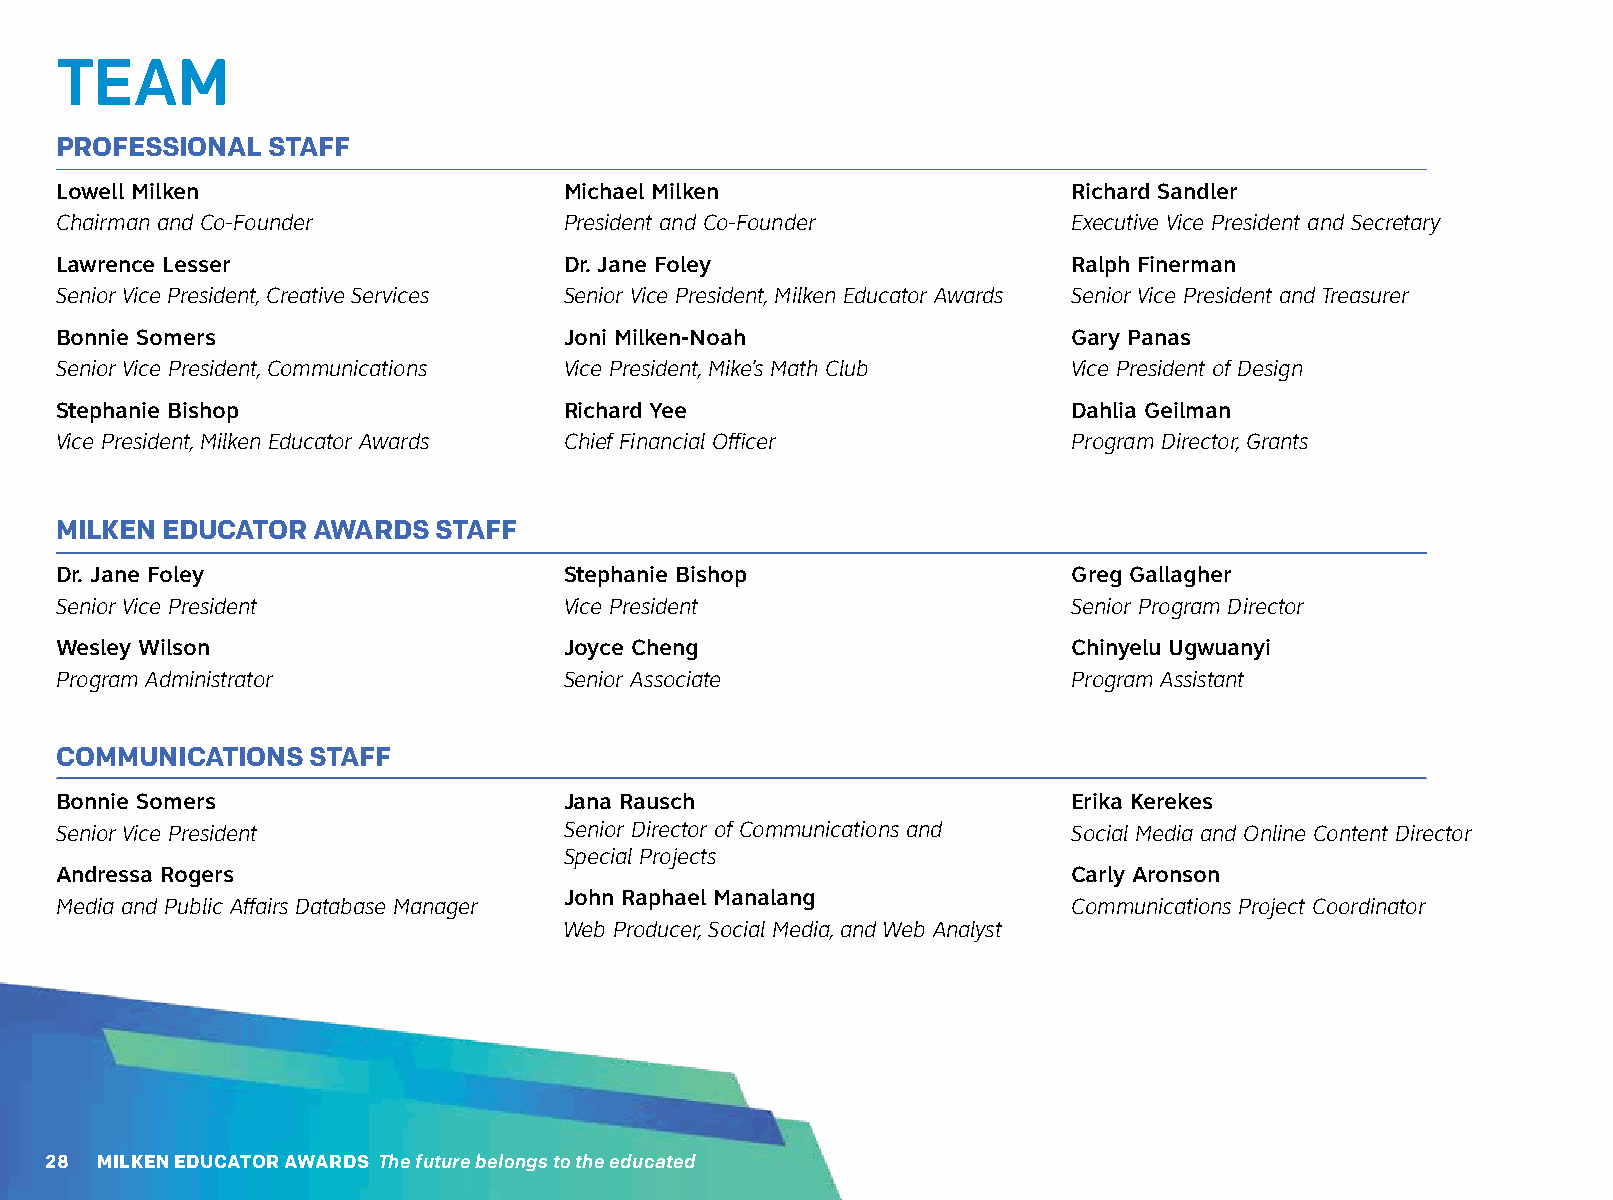
TEAM
 PROFESSIONAL  STAFF
 Lowell Milken                    Michael Milken                    Richard Sandler
 Chairman and Co-Founder          President and Co-Founder          Executive Vice President and Secretary
 Lawrence Lesser                  Dr. Jane Foley                    Ralph Finerman
 Senior Vice President, Creative Services Senior Vice President, Milken Educator Awards Senior Vice President and Treasurer
 Bonnie Somers                    Joni Milken-Noah                  Gary Panas
 Senior Vice President, Communications Vice President, Mike’s Math Club Vice President of Design
 Stephanie Bishop                 Richard Yee                       Dahlia Geilman
 Vice President, Milken Educator Awards Chief Financial Officer     Program Director, Grants
 MILKEN EDUCATOR  AWARDS  STAFF
 Dr. Jane Foley                   Stephanie Bishop                  Greg Gallagher
 Senior Vice President            Vice President                    Senior Program Director
 Wesley Wilson                    Joyce Cheng                       Chinyelu Ugwuanyi
 Program Administrator            Senior Associate                  Program Assistant
 COMMUNICATIONS  STAFF
 Bonnie Somers                    Jana Rausch                       Erika Kerekes
 Senior Vice President            Senior Director of Communications and Social Media and Online Content Director
 Special Projects
 Andressa Rogers                                                    Carly Aronson
 John Raphael Manalang
 Media and Public Affairs Database Manager                          Communications Project Coordinator
 Web Producer, Social Media, and Web Analyst
 28 MILKEN EDUCATOR AWARDS The future belongs to the educated